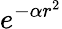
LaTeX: e^{-\alpha r^{2}}